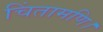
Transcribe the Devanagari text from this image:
चिंतामणि।